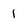
Character: 1